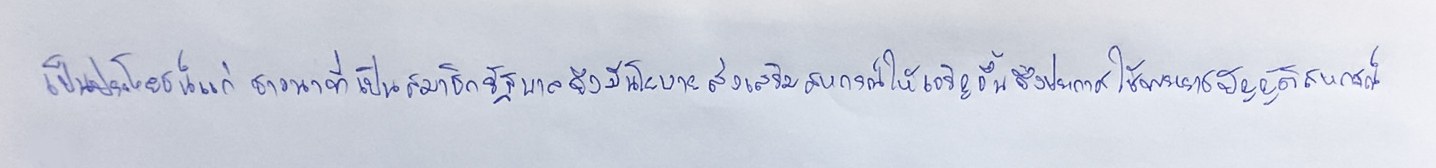
เป็นประโยชน์แก่ชาวนาที่เป็นสมาชิกรัฐบาลจึงมีนโยบายส่งเสริมสหกรณ์ให้เจริญขึ้นจึงประกาศใช้พระราชบัญญัติสหกรณ์